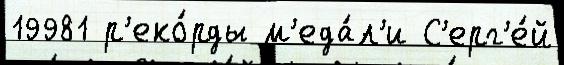
19981 р'еко́рды м'еда́л'и С'ерг'е́й